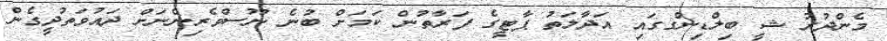
މެންދުރު ޝީ ބިލްޑިންގގައި އަދާލަތު ޕާޓީގެ ފަރާތުން ކަމަށް ބުނެ ނޫސްވެރިންނަށް ދައުވަތުދީގެން